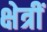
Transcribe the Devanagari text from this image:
क्षेत्रीं